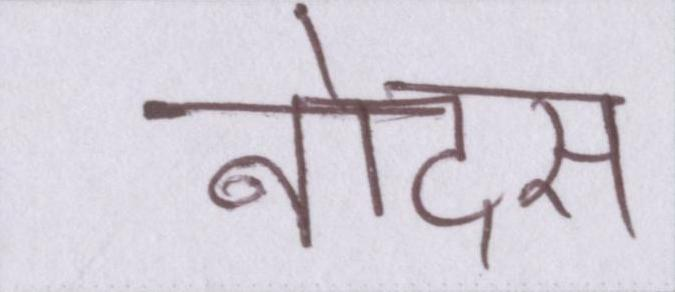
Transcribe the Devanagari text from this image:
नोट्स